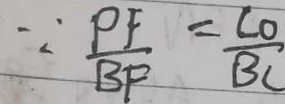
\because \frac { P F } { B F } = \frac { C O } { B C }